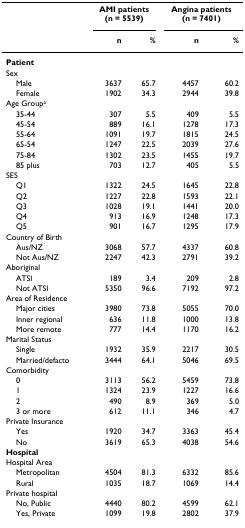
<table><thead><tr><td></td><td colspan="2"><b>AMI patients(n = 5539)</b></td><td colspan="2"><b>Angina patients(n = 7401)</b></td></tr><tr><td></td><td><b>n</b></td><td><b>%</b></td><td><b>n</b></td><td><b>%</b></td></tr></thead><tbody><tr><td><b>Patient</b></td><td></td><td></td><td></td><td></td></tr><tr><td>Sex</td><td></td><td></td><td></td><td></td></tr><tr><td> Male</td><td>3637</td><td>65.7</td><td>4457</td><td>60.2</td></tr><tr><td> Female</td><td>1902</td><td>34.3</td><td>2944</td><td>39.8</td></tr><tr><td>Age Group<sup>a</sup></td><td></td><td></td><td></td><td></td></tr><tr><td> 35-44</td><td>307</td><td>5.5</td><td>409</td><td>5.5</td></tr><tr><td> 45-54</td><td>889</td><td>16.1</td><td>1278</td><td>17.3</td></tr><tr><td> 55-64</td><td>1091</td><td>19.7</td><td>1815</td><td>24.5</td></tr><tr><td> 65-54</td><td>1247</td><td>22.5</td><td>2039</td><td>27.6</td></tr><tr><td> 75-84</td><td>1302</td><td>23.5</td><td>1455</td><td>19.7</td></tr><tr><td> 85 plus</td><td>703</td><td>12.7</td><td>405</td><td>5.5</td></tr><tr><td>SES</td><td></td><td></td><td></td><td></td></tr><tr><td> Q1</td><td>1322</td><td>24.5</td><td>1645</td><td>22.8</td></tr><tr><td> Q2</td><td>1227</td><td>22.8</td><td>1593</td><td>22.1</td></tr><tr><td> Q3</td><td>1028</td><td>19.1</td><td>1441</td><td>20.0</td></tr><tr><td> Q4</td><td>913</td><td>16.9</td><td>1248</td><td>17.3</td></tr><tr><td> Q5</td><td>901</td><td>16.7</td><td>1295</td><td>17.9</td></tr><tr><td>Country of Birth</td><td></td><td></td><td></td><td></td></tr><tr><td> Aus/NZ</td><td>3068</td><td>57.7</td><td>4337</td><td>60.8</td></tr><tr><td> Not Aus/NZ</td><td>2247</td><td>42.3</td><td>2791</td><td>39.2</td></tr><tr><td>Aboriginal</td><td></td><td></td><td></td><td></td></tr><tr><td> ATSI</td><td>189</td><td>3.4</td><td>209</td><td>2.8</td></tr><tr><td> Not ATSI</td><td>5350</td><td>96.6</td><td>7192</td><td>97.2</td></tr><tr><td>Area of Residence</td><td></td><td></td><td></td><td></td></tr><tr><td> Major cities</td><td>3980</td><td>73.8</td><td>5055</td><td>70.0</td></tr><tr><td> Inner regional</td><td>636</td><td>11.8</td><td>1000</td><td>13.8</td></tr><tr><td> More remote</td><td>777</td><td>14.4</td><td>1170</td><td>16.2</td></tr><tr><td>Marital Status</td><td></td><td></td><td></td><td></td></tr><tr><td> Single</td><td>1932</td><td>35.9</td><td>2217</td><td>30.5</td></tr><tr><td> Married/defacto</td><td>3444</td><td>64.1</td><td>5046</td><td>69.5</td></tr><tr><td>Comorbidity</td><td></td><td></td><td></td><td></td></tr><tr><td> 0</td><td>3113</td><td>56.2</td><td>5459</td><td>73.8</td></tr><tr><td> 1</td><td>1324</td><td>23.9</td><td>1227</td><td>16.6</td></tr><tr><td> 2</td><td>490</td><td>8.9</td><td>369</td><td>5.0</td></tr><tr><td> 3 or more</td><td>612</td><td>11.1</td><td>346</td><td>4.7</td></tr><tr><td>Private Insurance</td><td></td><td></td><td></td><td></td></tr><tr><td> Yes</td><td>1920</td><td>34.7</td><td>3363</td><td>45.4</td></tr><tr><td> No</td><td>3619</td><td>65.3</td><td>4038</td><td>54.6</td></tr><tr><td><b>Hospital</b></td><td></td><td></td><td></td><td></td></tr><tr><td>Hospital Area</td><td></td><td></td><td></td><td></td></tr><tr><td> Metropolitan</td><td>4504</td><td>81.3</td><td>6332</td><td>85.6</td></tr><tr><td> Rural</td><td>1035</td><td>18.7</td><td>1069</td><td>14.4</td></tr><tr><td>Private hospital</td><td></td><td></td><td></td><td></td></tr><tr><td> No, Public</td><td>4440</td><td>80.2</td><td>4599</td><td>62.1</td></tr><tr><td> Yes, Private</td><td>1099</td><td>19.8</td><td>2802</td><td>37.9</td></tr></tbody></table>